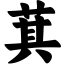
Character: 萁